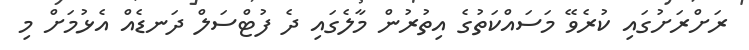
ރަށްރަށުގައި ކުރެވޭ މަސައްކަތުގެ އިތުރުން މާލެގައި ދެ ފުޓްސަލް ދަނޑެއް އެޅުމަށް މި